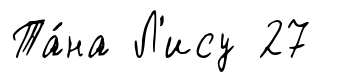
Та́на Л'ису 27